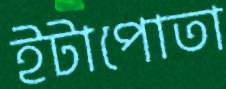
ইটাপোতা